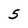
Character: 5